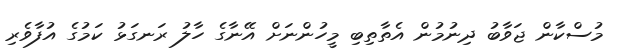
މުސްކާން ޖަވާބު ދިނުމުން އެތާތިބި މީހުންނަށް އޭނާގެ ހާލު ރަނގަޅު ކަމުގެ އުފާވެރި